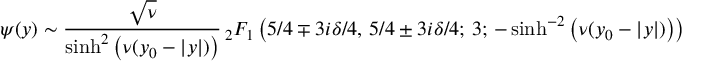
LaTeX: \psi ( y ) \sim \frac { \sqrt { \nu } } { \sinh ^ { 2 } \left( \nu ( y _ { 0 } - | y | ) \right) } { \, } _ { 2 } F _ { 1 } \left( 5 / 4 \mp 3 i \delta / 4 , \, 5 / 4 \pm 3 i \delta / 4 ; \, 3 ; \, - \sinh ^ { - 2 } \left( \nu ( y _ { 0 } - | y | ) \right) \right)